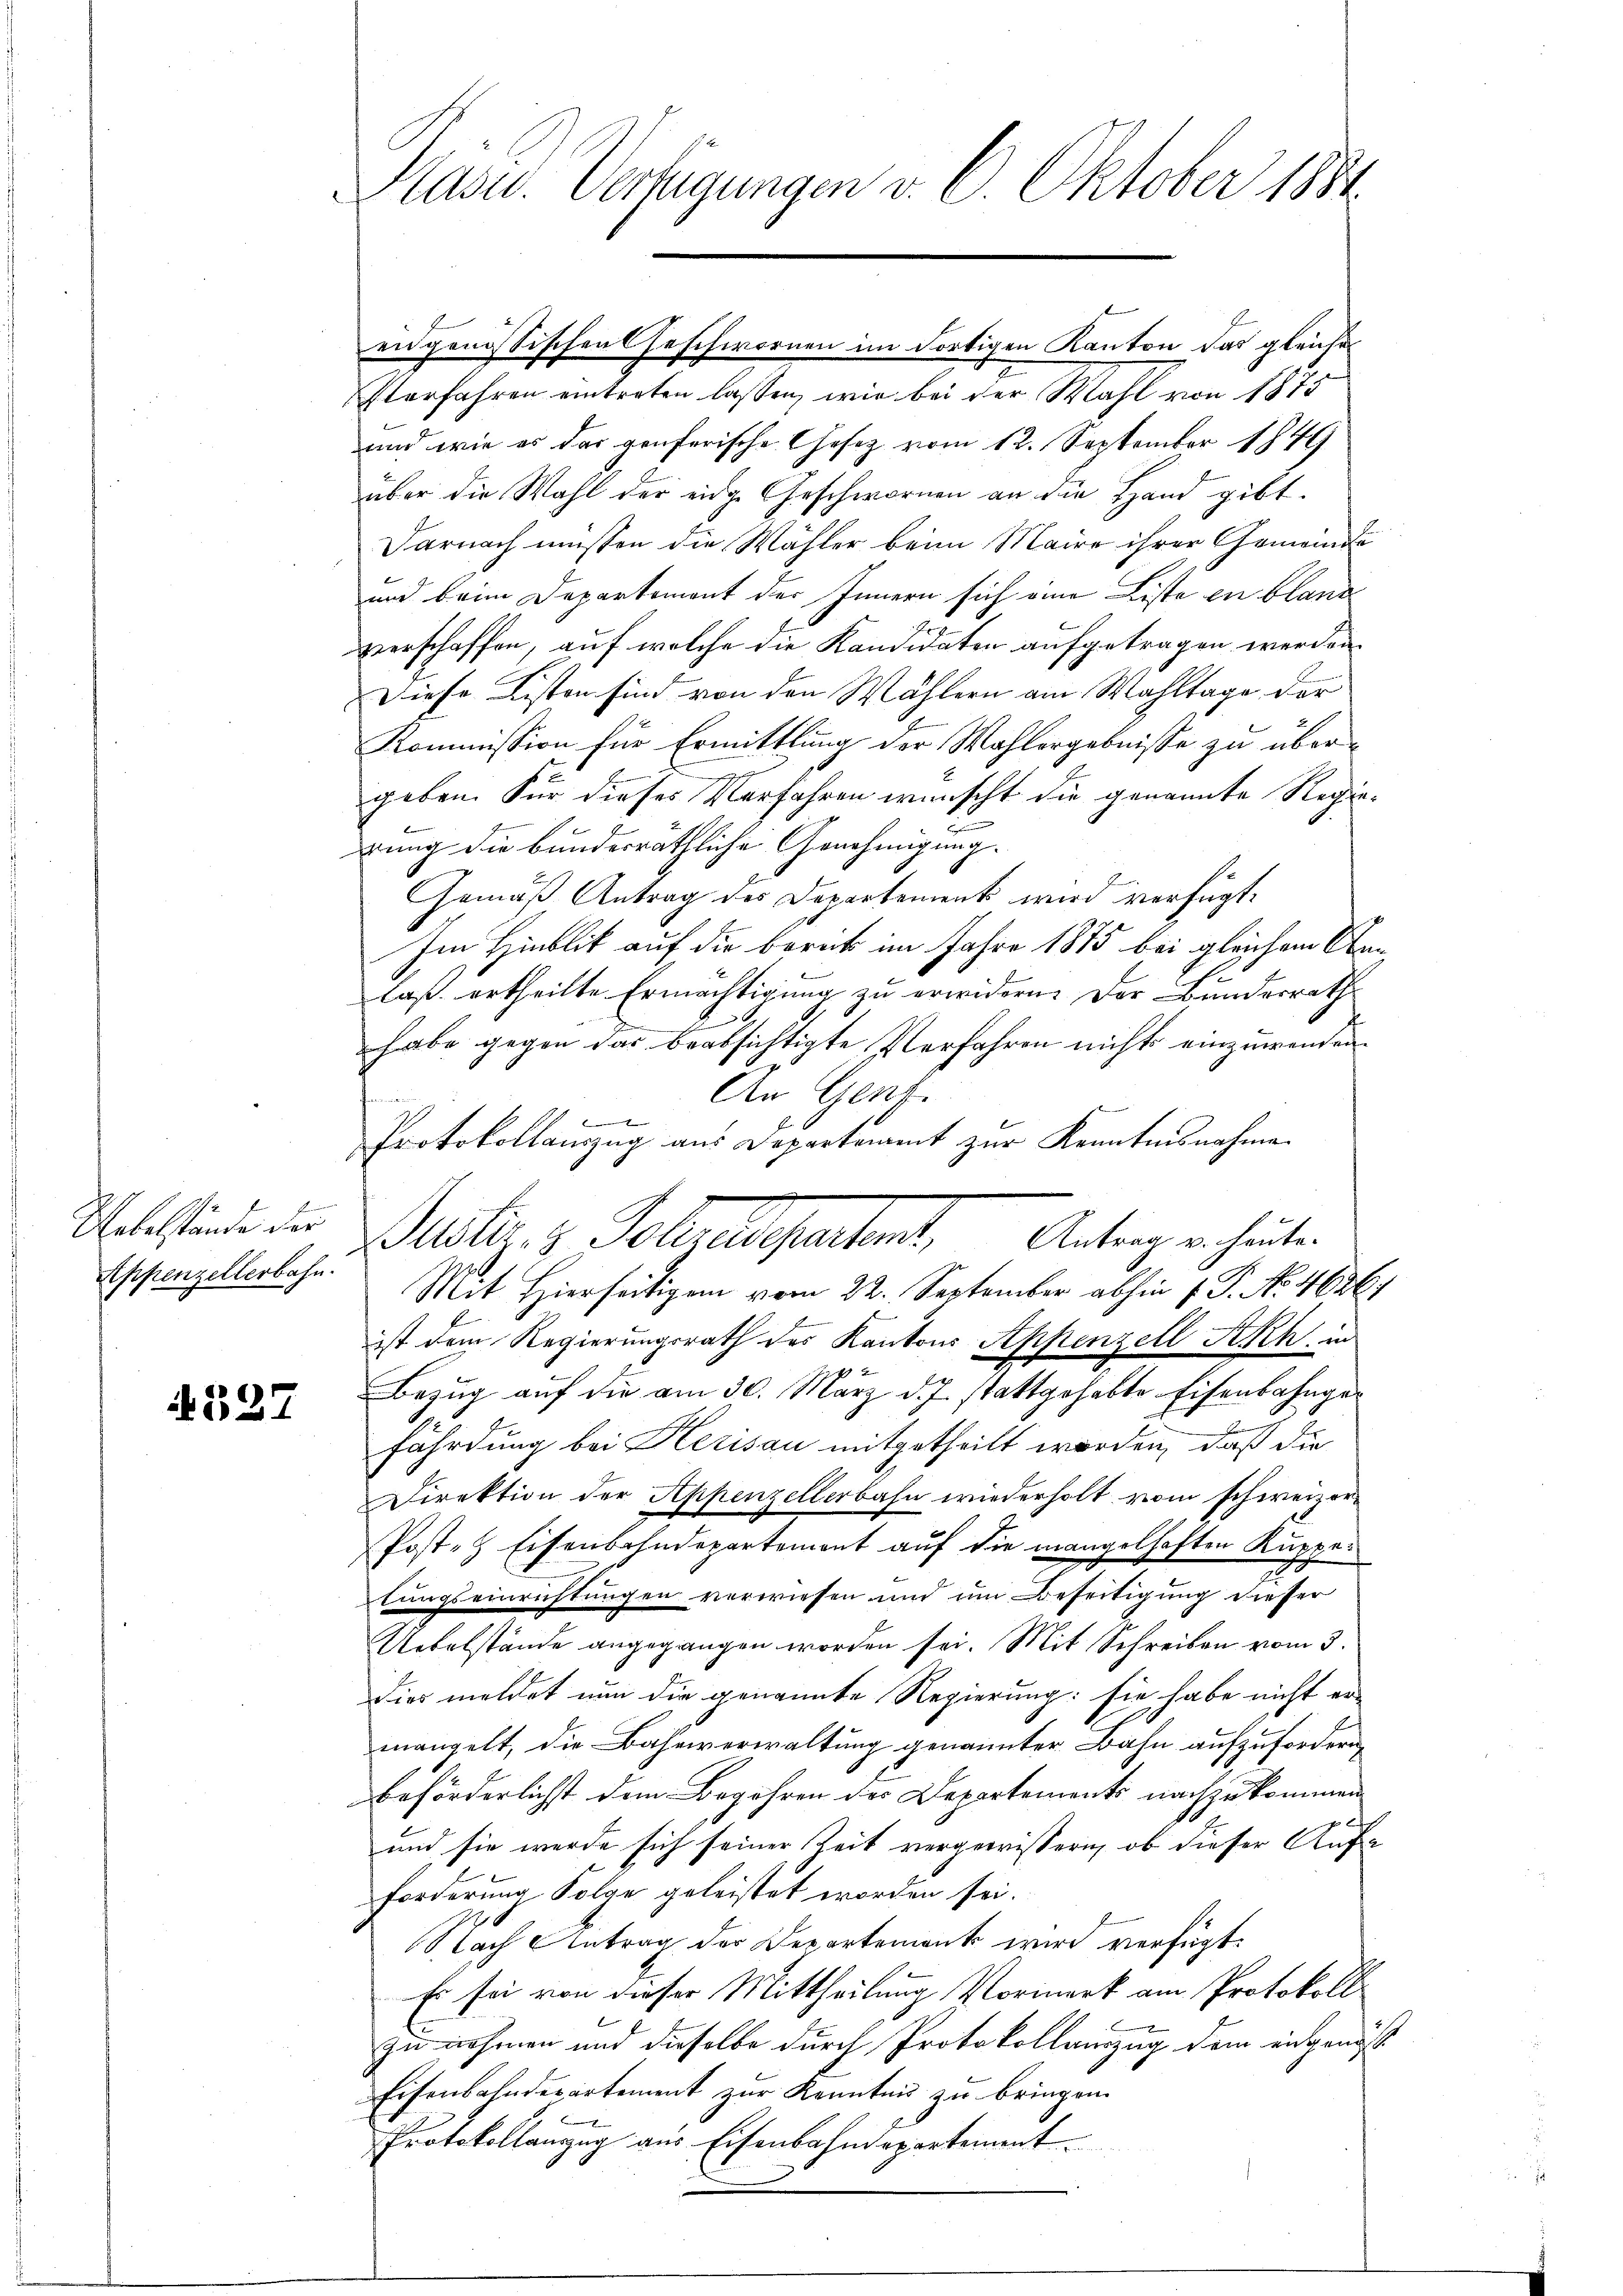
Gotestande der
Appenzellerbahn.

527

Präsid. Vertigungen v. 6. Oktober 1881.

eidgenössischen Geschwornen im dortigen Kanton das gleiche
Iterfahren eintreten lassen, wie bei der Wahl von 1875
und wie es das genferische Gesetz vom 12. September 1849
über die Wahl der eige Geschwornen an die Hand gibt.
Darnach müßten die Wähler beim Maire ihrer Gemeinde
und beim Departement der Innern sich eine Liste zu bland
verschaffen, auf welche die Kandidaten aufgetragen werden.
Diese Listen sind von den Wählern am Wahltage der
Kommission für Ermittlung der Wahlergebnisse zu übergeben. Für dieses Verfahren wünscht die genannte Regiedrung die bunderräthliche Genehmigung.
Gemäß Antrag des Departement wird verfügt:
Im Hinblik auf die bereck im Jahre 1875 bei gleichem Anlaß ertheilte Ermächtigung zu erwidern. Der Bundesrath
B
habe gegen das beabsichtigte Verfahren nichts einzuwenden.
An Genf.
E
Protokollauszug aus Departement zur Kenntnisnahme
Mit Hierseitigen vom 22. September abhin 1. P. No. 46367
ist dem Regierungsrath des Kantons Appenzell Krh, in
Bezug auf die am 30. März d. J. stattgehabte Eisenbahngex
fährdung bei Herisau mitgetheilt worden, daß die
Direktion der Appenzellerbahn wiederholt vom schweizer¬
Posten Eisenbahndepartement auf die mangelhaften Kuppelungseinrichtungen vorwiesen und um Beseitigung dieser
Uebelstände angegangen worden sei. Mit Schreiben vom 3.
dies meldet nun die genannte Regierung: sie habe nicht er-
mangelt, die Bahnverwaltung genannter Bahn aufzufordern,
beförderlichst dem Begehren des Departements nachzukommen
f x
und sie werde sich seiner Zeit vergewissern, ob dieser Aufforderung Folge geleistet worden sei.
Nach Antrag der Departement wird verfügt:
Es sei von dieser Mittheilung Vormerk am Protokoll
zu nehmen und dieselbe durch Protokollauszug dem eidgenöss
Eisenbahndepartement zur Kenntnis zu bringen.
x
Protokollanzug aus Eisenbahndepartement

Basler. v. Gottes partent, Antrag anheuten